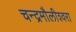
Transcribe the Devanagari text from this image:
चन्‍द्रमौलीश्‍वरा